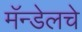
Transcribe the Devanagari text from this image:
मॅन्डेलचे